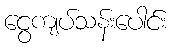
ငွေကျပ်သန်းပေါင်း